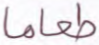
طعاما